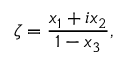
\zeta = { \frac { x _ { 1 } + i x _ { 2 } } { 1 - x _ { 3 } } } ,